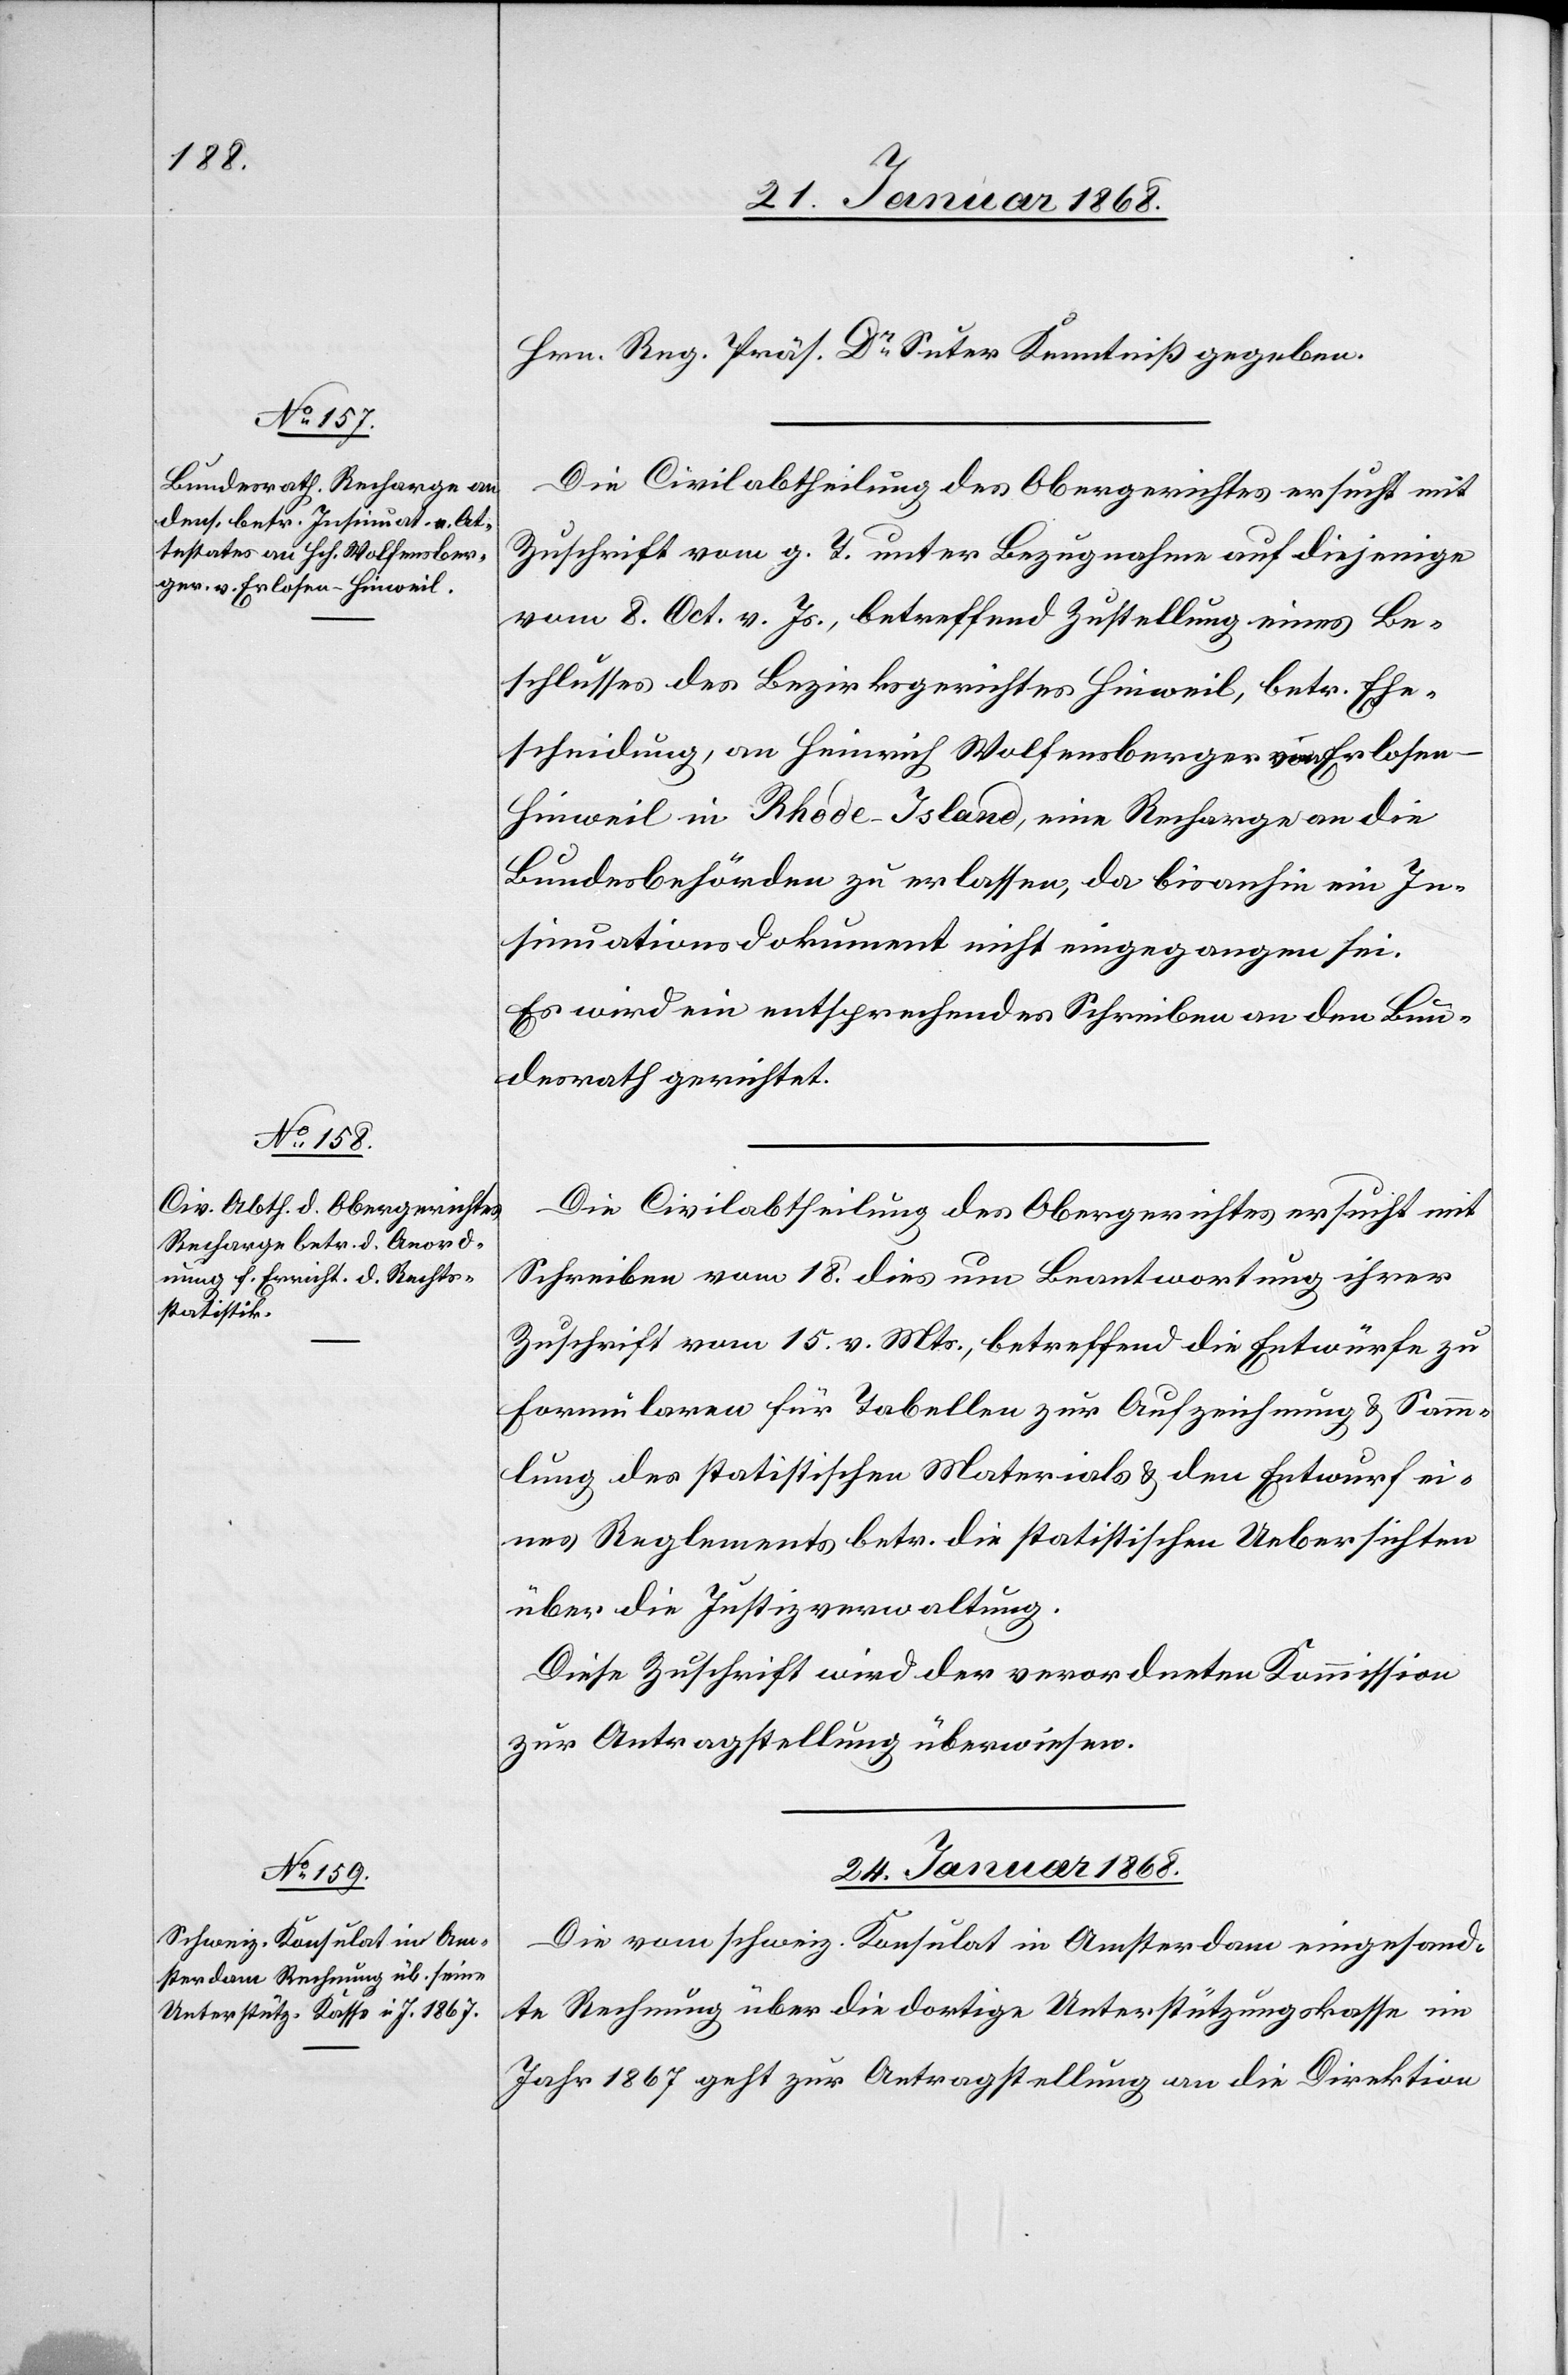
Hrn. Reg. Präs. Dr. Suter Kenntniß gegeben.
Zuschrift vom g. T. unter Bezugnahme auf diejenige
vom 8. Oct. v. Js., betreffend Zustellung eines Be¬
schlusses des Bezirksgerichtes Hinweil, betr. Ehe¬
scheidung, an Heinrich Wolfensberger von Erlose¬
n-Hinweil in Rhode-Island, eine Recharge an die
Bundesbehörden zu erlassen, da bisanhin ein In¬
sinuationsdokument nicht eingegangen sei.
Es wird ein entsprechendes Schreiben an den Bun¬
desrath gerichtet.
Die Civilabtheilung des Obergerichtes ersucht mit
Schreiben vom 18. dies um Beantwortung ihrer
Zuschrift vom 15. v. Mts., betreffend die Entwürfe zu
Formularen für Tabellen zur Aufzeichnung & Samm¬
lung des statistischen Materials & den Entwurf ei¬
nes Reglements betr. die statistischen Uebersichten
über die Justizverwaltung.
Diese Zuschrift wird der verordneten Kommission
zur Antragstellung überwiesen.
24. Januar 1868.
Die vom schweiz. Konsulat in Amsterdam eingesand¬
te Rechnung über die dortige Unterstützungskasse im
Jahr 1867 geht zur Antragstellung an die Direktion